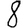
Digit: 8